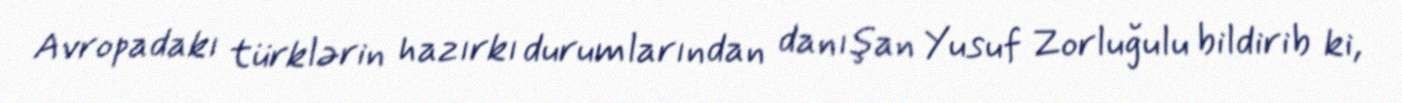
Avropadakı türklərin hazırkı durumlarından danışan Yusuf Zorluğulu bildirib ki,